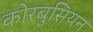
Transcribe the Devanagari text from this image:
कोरबुसियन